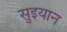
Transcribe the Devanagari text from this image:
सुइयान